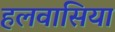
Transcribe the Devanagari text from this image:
हलवासिया